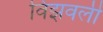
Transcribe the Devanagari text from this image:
विझवली